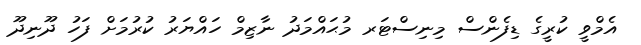
އެމްވީ ކުރީގެ ޑިފެންސް މިނިސްޓަރ މުޙައްމަދު ނާޒިމް ހައްޔަރު ކުރުމަށް ފަހު ދޫނިދޫ